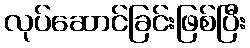
လုပ်ဆောင်ခြင်းဖြစ်ပြီး